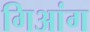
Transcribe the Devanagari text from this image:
गिआंग